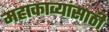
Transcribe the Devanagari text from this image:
महाकाव्यांसाठी